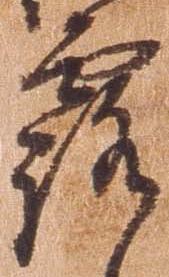
露